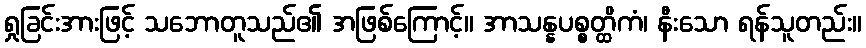
ရှုခြင်းအားဖြင့် သဘောတူသည်၏ အဖြစ်ကြောင့်။ အာသန္နပစ္စတ္ထိကံ၊ နီးသော ရန်သူတည်း။